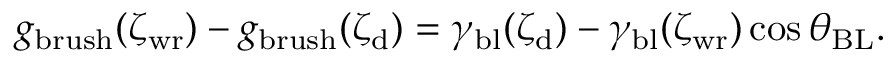
g _ { \mathrm { b r u s h } } ( { \zeta _ { \mathrm { w r } } } ) - g _ { \mathrm { b r u s h } } ( { \zeta _ { \mathrm { d } } } ) = \gamma _ { \mathrm { b l } } ( \zeta _ { \mathrm { d } } ) - \gamma _ { \mathrm { b l } } ( \zeta _ { \mathrm { w r } } ) \cos { \theta _ { \mathrm { B L } } } .